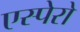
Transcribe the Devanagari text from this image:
एस्पेरो